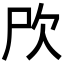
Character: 𣢁